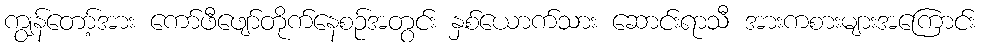
ကျွန်တော့်အား ကော်ဖီဖျော်တိုက်နေစဉ်အတွင်း နှစ်ယောက်သား ဆောင်းရာသီ အားကစားများအကြောင်း